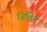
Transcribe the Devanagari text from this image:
जिशिन